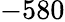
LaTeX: -580